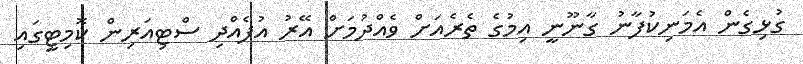
ގުޅިގެން އެމަނިކުފާނު ގާނޫނީ އިމުގެ ތެރެއަށް ވެއްދުމަށް އޭރު އުފެއްދި ސްޓިއަރިން ކޮމިޓީގައި